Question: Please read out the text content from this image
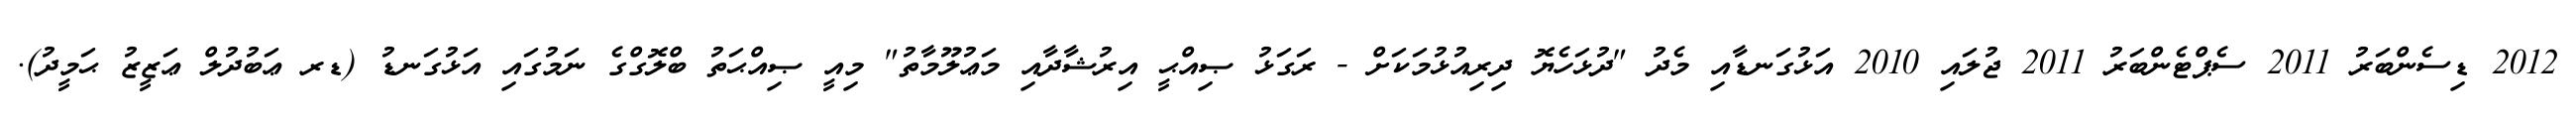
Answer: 2012 ޑިސެންބަރު 2011 ސެޕްޓެންބަރު 2011 ޖުލައި 2010 އަޅުގަނޑާއި މެދު "ދުޅަހެޔޮ ދިރިއުޅުމަކަށް - ރަގަޅު ޞިއްޙީ އިރުޝާދާއި މަޢުލޫމާތު" މިއީ ޞިއްޙަތު ބްލޮގްގެ ނަމުގައި އަޅުގަނޑު (ޑރ ޢަބުދުލް ޢަޒީޒު ޙަމީދު).